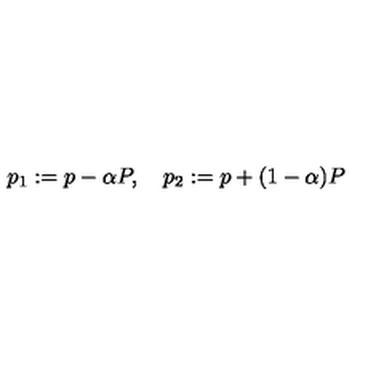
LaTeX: p _ { 1 } : = p - \alpha P , \quad p _ { 2 } : = p + ( 1 - \alpha ) P